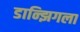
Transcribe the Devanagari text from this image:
डान्झिगला